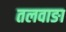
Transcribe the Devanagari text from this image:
तलवाङा